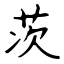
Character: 茨